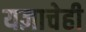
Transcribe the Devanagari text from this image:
यज्ञाचेही